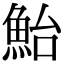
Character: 鮐